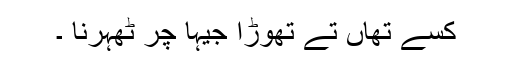
کسے تھاں تے تھوڑا جیہا چر ٹھہرنا ۔